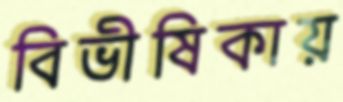
বিভীষিকায়